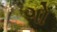
ગો